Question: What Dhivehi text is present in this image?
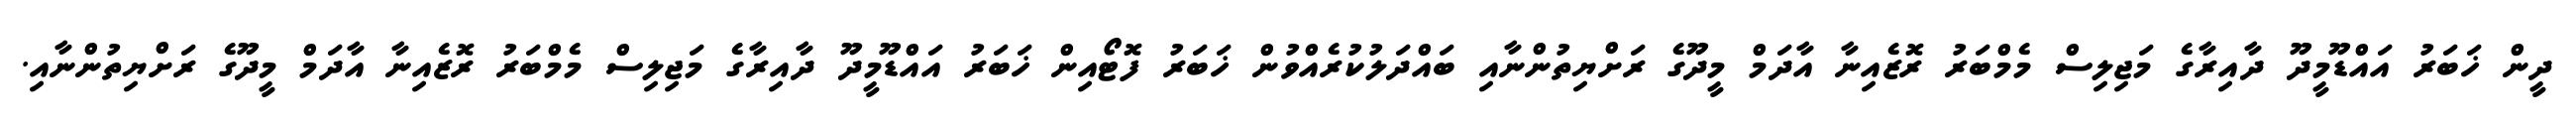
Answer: ދީން ޚަބަރު އައްޑޫމީދޫ ދާއިރާގެ މަޖިލިސް މެމްބަރު ރޮޒެއިނާ އާދަމް މީދޫގެ ރަށްޔިތުންނާއި ބައްދަލުކުރެއްވުން ޚަބަރު ފޮޓޯއިން ޚަބަރު އައްޑޫމީދޫ ދާއިރާގެ މަޖިލިސް މެމްބަރު ރޮޒެއިނާ އާދަމް މީދޫގެ ރަށްޔިތުންނާއި.